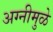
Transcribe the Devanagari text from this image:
अग्नीमुळे